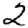
Digit: 2